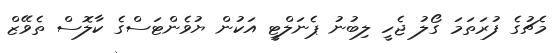
މެޗުގެ ފުރަތަމަ ގޯލު ޖެހީ ލިބުނު ޕެނަލްޓީ އަކުން ޔުވެންޓަސްގެ ކާލޮސް ތެވޭޒް